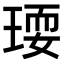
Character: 𤧋